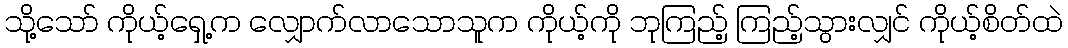
သို့သော် ကိုယ့်ရှေ့က လျှောက်လာသောသူက ကိုယ့်ကို ဘုကြည့် ကြည့်သွားလျှင် ကိုယ့်စိတ်ထဲ